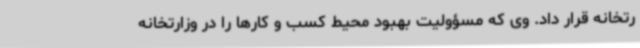
رتخانه قرار داد. وی که مسؤولیت بهبود محیط کسب و کارها را در وزارتخانه